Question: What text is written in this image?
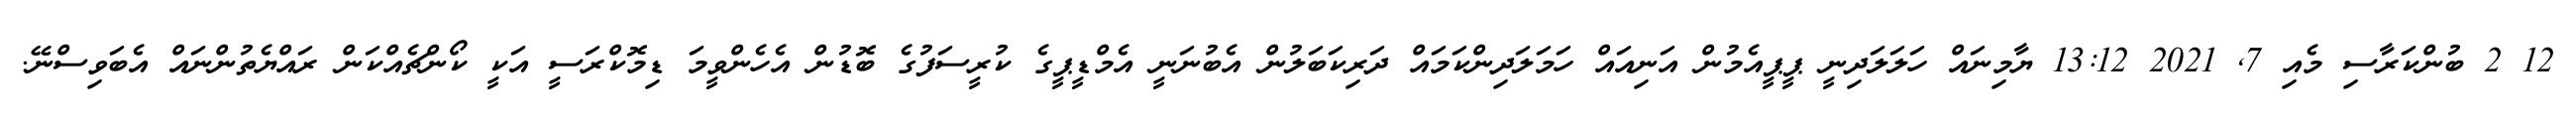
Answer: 12 2 ބުންކަރާސި މެއި 7, 2021 13:12 ޔާމިނައް ހަލަލަދިނީ ޕީޕީއެމުން އަނިއައް ހަމަލަދިންކަމައް ދަރިކަބަލުން އެބުނަނީ އެމްޑީޕީގެ ކުރީސަފުގެ ބޮޑުން އެހެންވީމަ ޑިމޮކްރަސީ އަކީ ކޯންޗެއްކަން ރައްޔެތުންނައް އެބަވިސްނޭ.